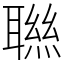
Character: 聮